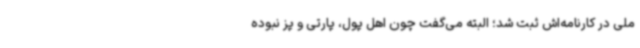
ملی در کارنامه‌اش ثبت شد؛ البته می‌گفت چون اهل پول، پارتی و پز نبوده